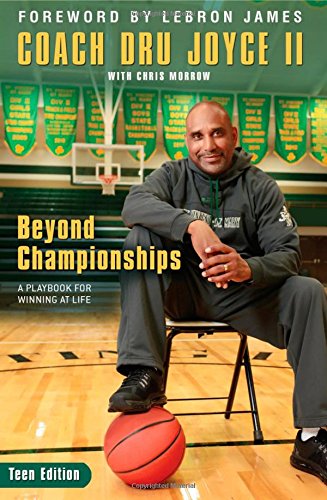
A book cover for Beyond Championships Teen Edition: A Playbook for Winning at Life; Dru Joyce II; Teen & Young Adult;